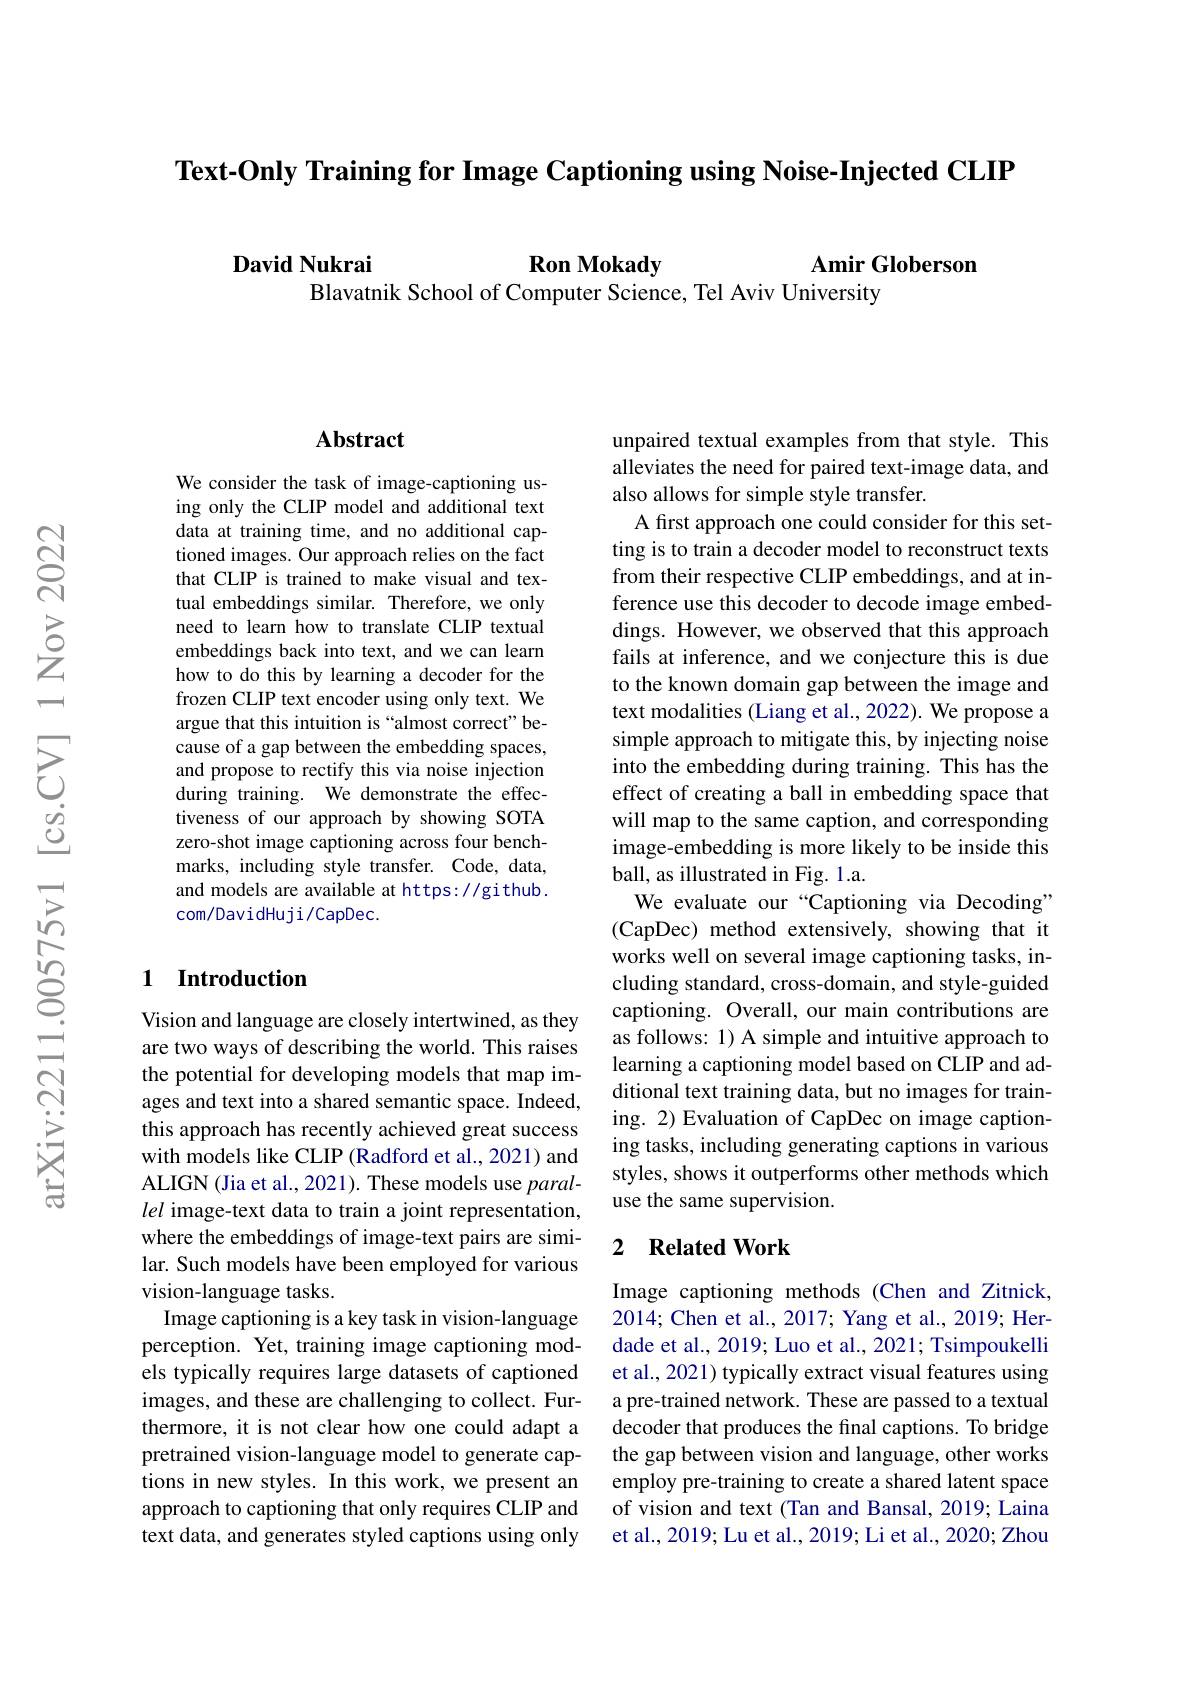
Text-Only Training for Image Captioning using Noise-Injected CLIP

$\textbf{Ron Mokady}$

David Nukrai
Amir Globerson
Blavatnik School of Computer Science, Tel Aviv University

### $\mathbf{Abstract}$

We consider the task of image-captioning using only the CLIP model and additional text data at training time, and no additional captioned images. Our approach relies on the fact that CLIP is trained to make visual and textual embeddings similar. Therefore, we only need to learn how to translate CLIP textual embeddings back into text, and we can learn how to do this by learning a decoder for the frozen CLIP text encoder using only text. We argue that this intuition is “almost correct" because of a gap between the embedding spaces, and propose to rectify this via noise injection during training. We demonstrate the effectiveness of our approach by showing SOTA zero-shot image captioning across four benchmarks, including style transfer. Code, data, and models are available at https://github. com/DavidHuji/CapDec.

## 1 Introduction

Vision and language are closely intertwined, as they are two ways of describing the world. This raises the potential for developing models that map images and text into a shared semantic space. Indeed, this approach has recently achieved great success with models like CLIP (Radford et al., 2021) and ALIGN (Jia et al., 2021). These models use parallel image-text data to train a joint representation, where the embeddings of image-text pairs are similar. Such models have been employed for various vision-language tasks.
Image captioning is a key task in vision-language perception. Yet, training image captioning models typically requires large datasets of captioned images, and these are challenging to collect. Furthermore, it is not clear how one could adapt a pretrained vision-language model to generate captions in new styles. In this work, we present an approach to captioning that only requires CLIP and text data, and generates styled captions using only

unpaired textual examples from that style. This alleviates the need for paired text-image data, and also allows for simple style transfer.
A first approach one could consider for this setting is to train a decoder model to reconstruct texts from their respective CLIP embeddings, and at inference use this decoder to decode image embeddings. However, we observed that this approach fails at inference, and we conjecture this is due to the known domain gap between the image and text modalities (Liang et al., 2022). We propose a simple approach to mitigate this, by injecting noise into the embedding during training. This has the effect of creating a ball in embedding space that will map to the same caption, and corresponding image-embedding is more likely to be inside this ball, as illustrated in Fig. 1.a.
We evaluate our “Captioning via Decoding” (CapDec) method extensively, showing that it works well on several image captioning tasks, including standard, cross-domain, and style-guided captioning. Overall, our main contributions are as follows: 1) A simple and intuitive approach to learning a captioning model based on CLIP and additional text training data, but no images for training. 2) Evaluation of CapDec on image captioning tasks, including generating captions in various styles, shows it outperforms other methods which use the same supervision.

# 2 Related Work

Image captioning methods (Chen and Zitnick, 2014; Chen et al., 2017; Yang et al., 2019; Herdade et al., 2019; Luo et al., 2021; Tsimpoukelli et al., 2021) typically extract visual features using a pre-trained network. These are passed to a textual decoder that produces the final captions. To bridge the gap between vision and language, other works employ pre-training to create a shared latent space of vision and text (Tan and Bansal, 2019; Laina et al., 2019; Lu et al., 2019; Li et al., 2020; Zhou